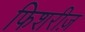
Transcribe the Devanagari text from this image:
फिशरीज़